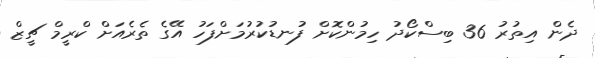
ދެން އިތުރު 36 ބިސްކޯދު ހިމުންކޮށް ފުނޑުކުރުމަށްފަހު އޭގެ ތެރެއަށް ކްރީމް ޗީޒް